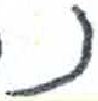
אות: נ